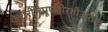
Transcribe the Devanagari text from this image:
केशरीरिपूपतीरतीअंतक